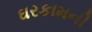
ઘરકામની